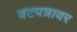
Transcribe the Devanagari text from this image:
वटपत्रावर